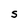
Character: S